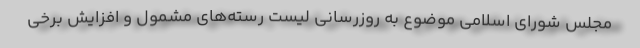
مجلس شورای اسلامی موضوع به روزرسانی لیست رسته‌های مشمول و افزایش برخی